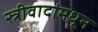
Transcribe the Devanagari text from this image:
स्त्रीवादांमधून